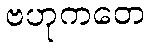
ဗဟုကတေ